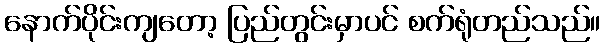
နောက်ပိုင်းကျတော့ ပြည်တွင်းမှာပင် စက်ရုံတည်သည်။